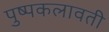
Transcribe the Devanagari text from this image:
पुष्पकलावती